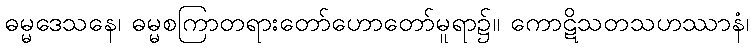
ဓမ္မဒေသနေ၊ ဓမ္မစကြာတရားတော်ဟောတော်မူရာ၌။ ကောဋိသတသဟဿာနံ၊